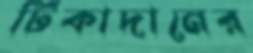
টিকাদানের